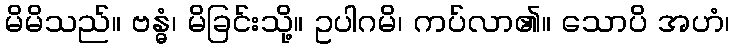
မိမိသည်။ ဗန္ဓံ၊ မိခြင်းသို့။ ဥပါဂမိ၊ ကပ်လာ၏။ သောပိ အဟံ၊